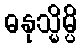
ဓနုသ္မိမ္ပိ